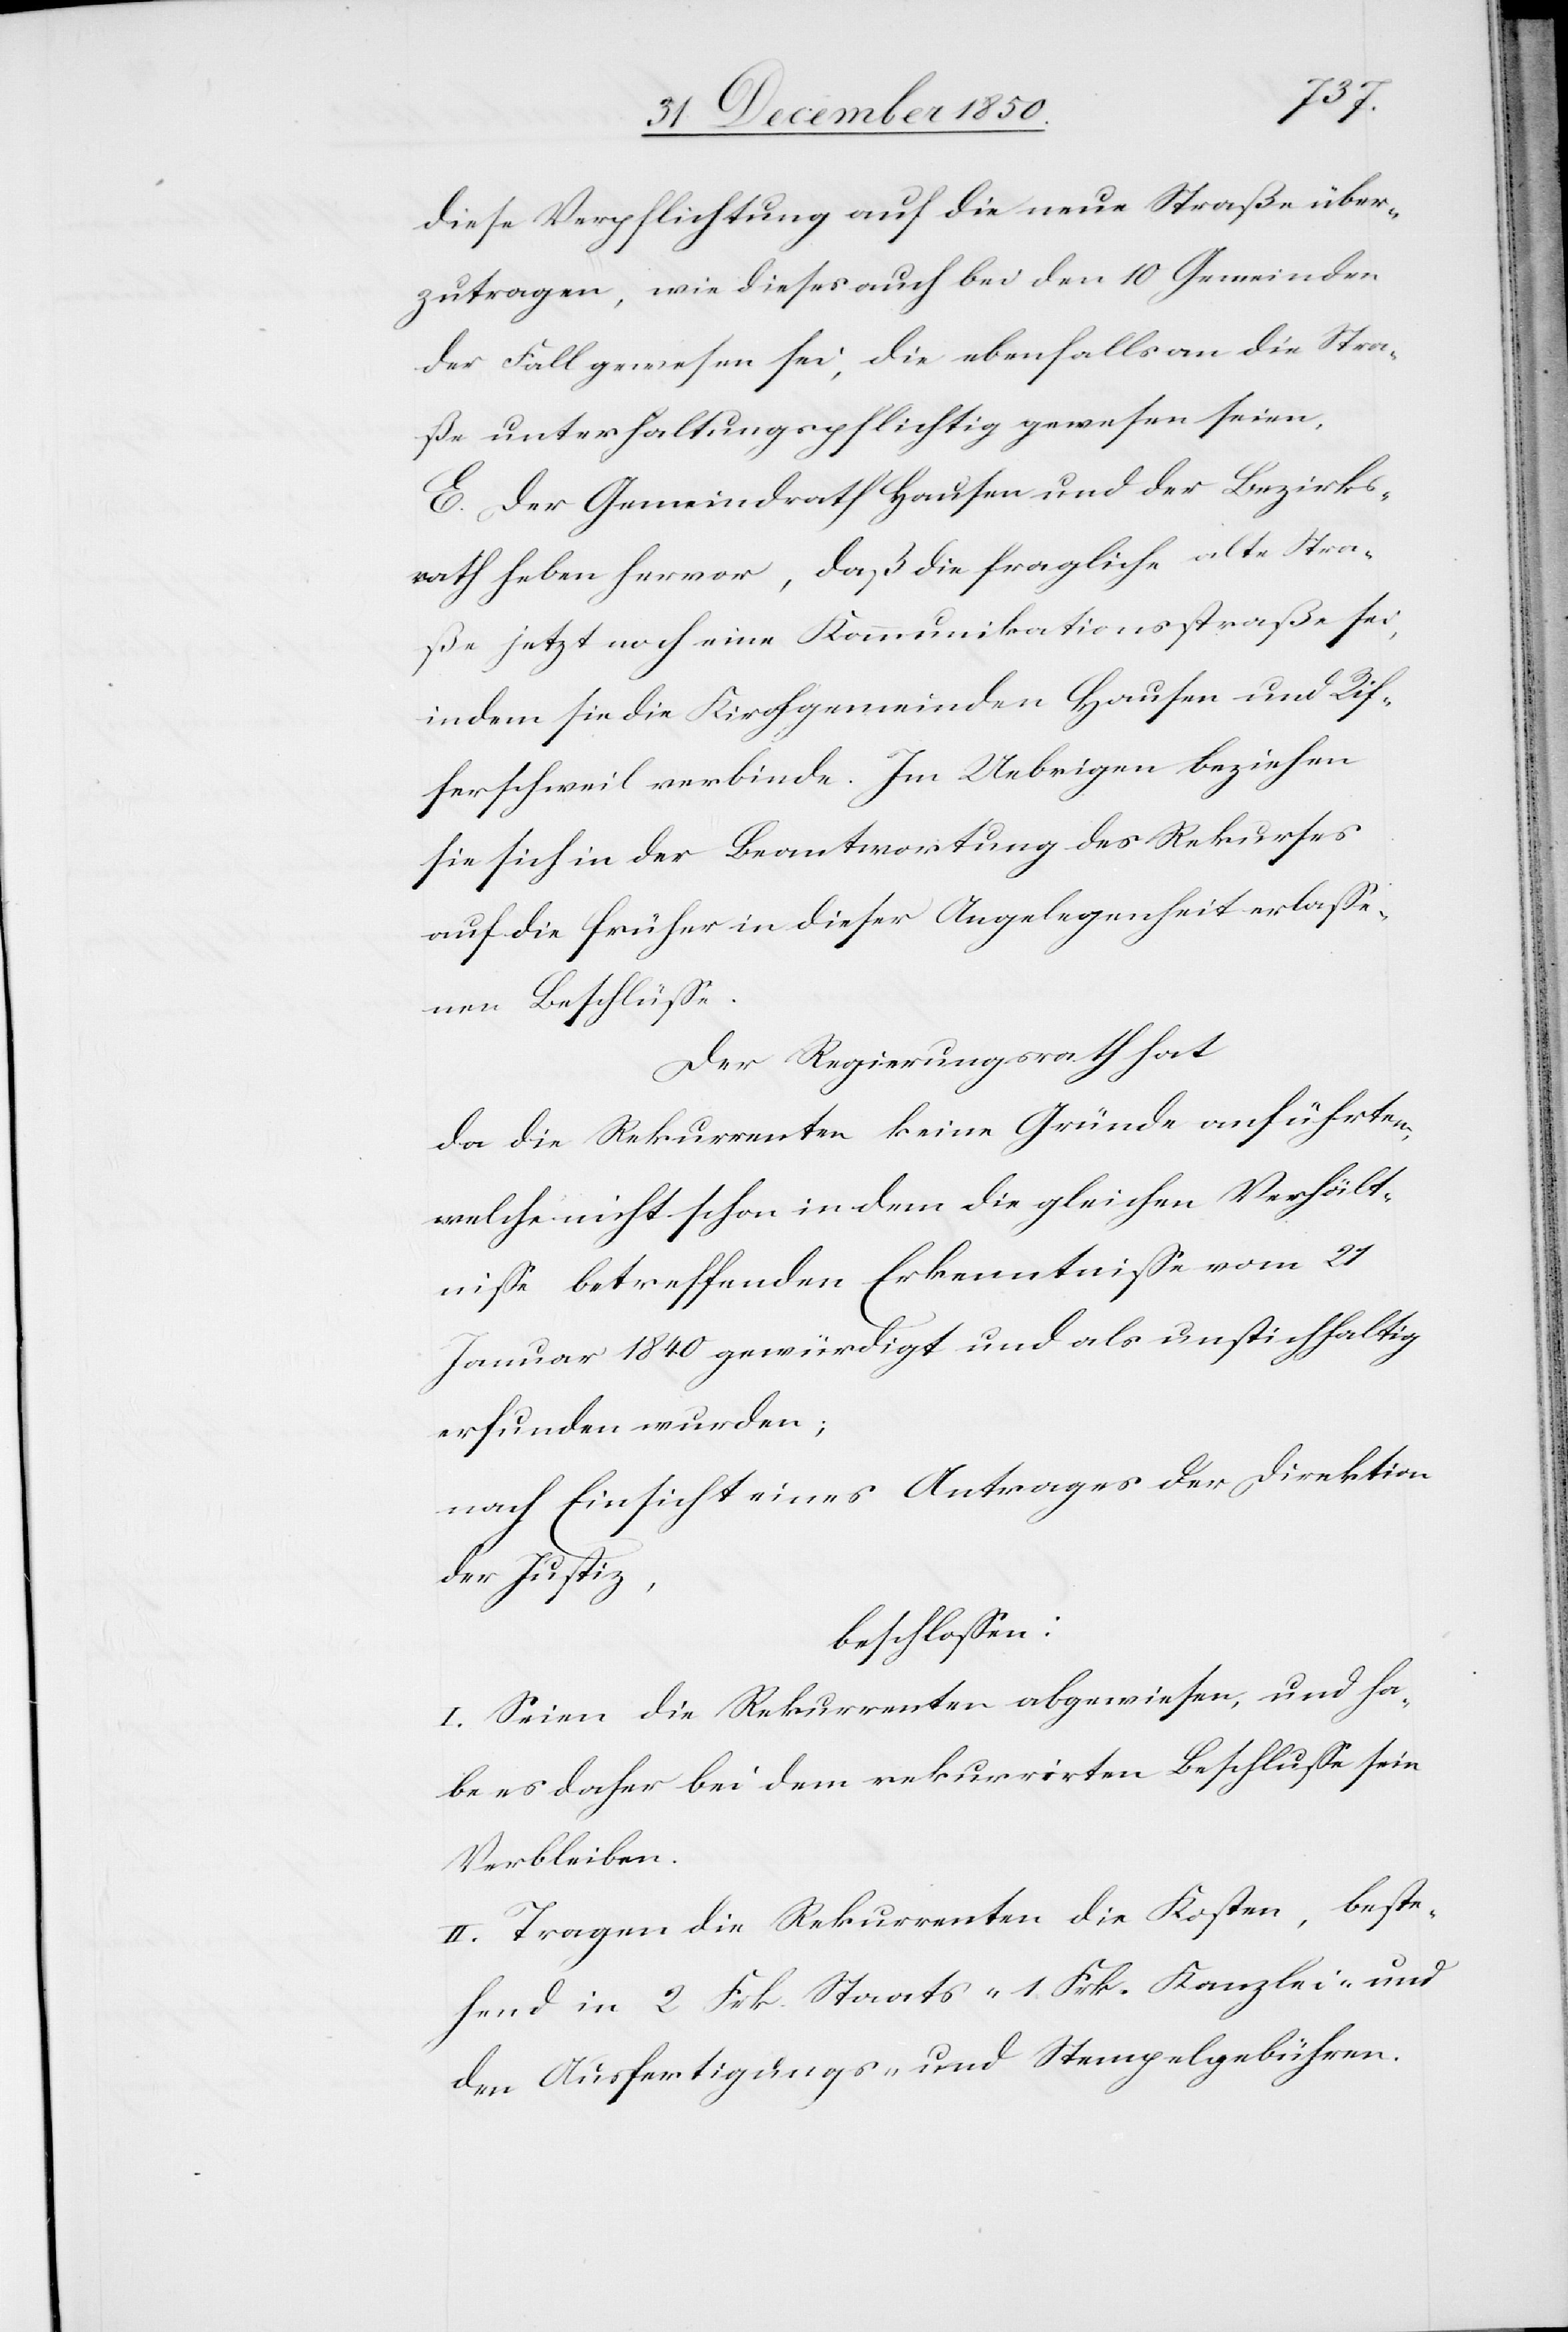
diese Verpflichtung auf die neue Straße über¬
zutragen, wie dieses auch bei den 10 Gemeinden
der Fall gewesen sei, die ebenfalls an die Stra¬
ße unterhaltungspflichtig gewesen seien.
E. Der Gemeindrath Hausen und der Bezirks¬
rath heben hervor, daß die fragliche alte Stra¬
ße jetzt noch eine Kommunikationsstraße sei,
indem sie die Kirchgemeinden Hausen und Rif¬
ferschweil verbinde. Im Uebrigen beziehen
sie sich in der Beantwortung des Rekurses
auf die früher in dieser Angelegenheit erlasse¬
nen Beschlüsse.
Der Regierungsrath hat
da die Rekurrenten keine Gründe anführten,
welche nicht schon in dem die gleichen Verhält¬
nisse betreffenden Erkenntnisse vom 21
Januar 1840 gewürdigt und als unstichhaltig
erfunden wurden;
nach Einsicht eines Antrages der Direktion
der Justiz,
beschlossen:
I. Seien die Rekurrenten abgewiesen, und ha¬
be es daher bei dem rekurrirten Beschlusse sein
Verbleiben.
II. Tragen die Rekurrenten die Kosten, beste¬
hend in 2 Frk. Staats-[,] 1 Frk. Kanzlei- und
den Ausfertigungs- und Stempelgebühren.